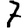
Digit: 7